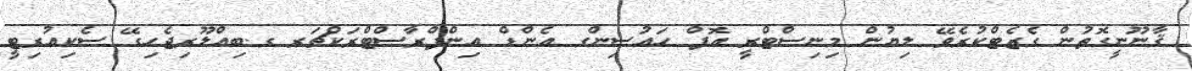
ޤާނޫނީގޮތުން ގެޒެޓްކުރެވޭ ލިޔުން މިނިސްޓްރީ އޮފް ހައުސިންގ އެންޑް އިންފްރާސްޓްރަކްޗަރ ގ.ބިއްލޫރިޖެހިގޭ ސެކިއުރިޓީ